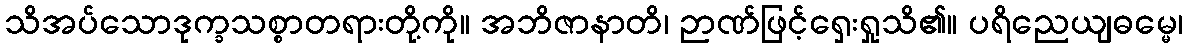
သိအပ်သောဒုက္ခသစ္စာတရားတို့ကို။ အဘိဇာနာတိ၊ ဉာဏ်ဖြင့်ရှေးရှုသိ၏။ ပရိညေယျဓမ္မေ၊